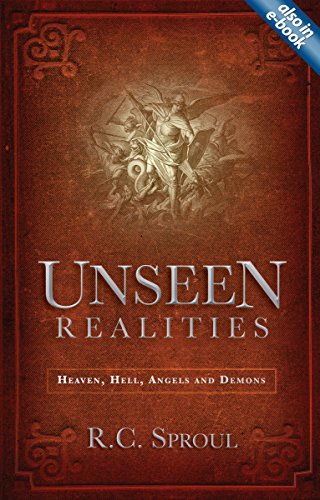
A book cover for Unseen Realities: Heaven, Hell, Angels and Demons; R.C. Sproul; Christian Books & Bibles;